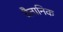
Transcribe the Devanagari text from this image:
वैतानिक